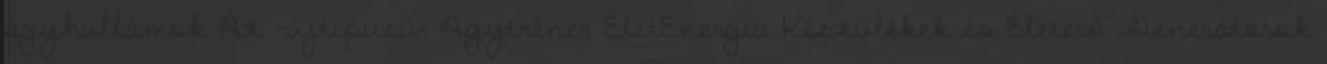
agyhullámok Az -újtipusú- Agytréner ÉletEnergia Készülékek és Életerő Generátorok